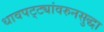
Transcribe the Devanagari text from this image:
धावपट्ट्यांवरुनसुद्धा